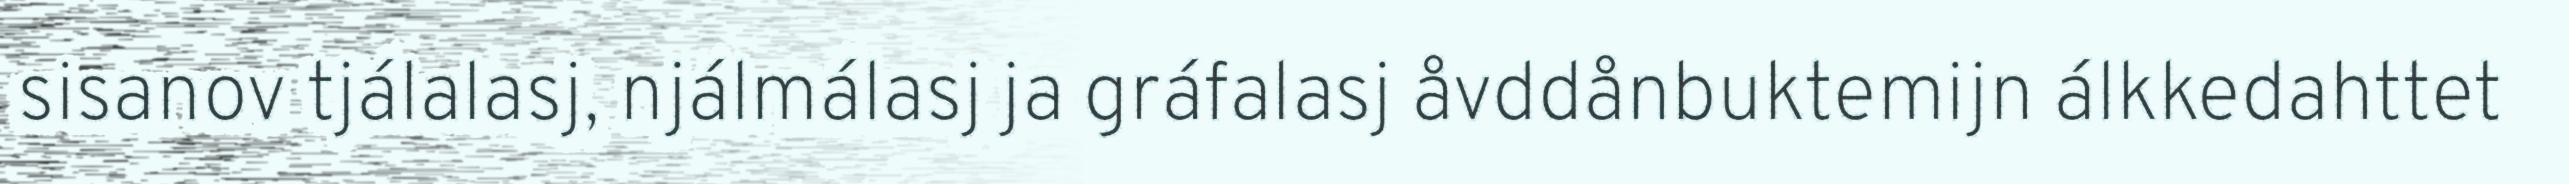
sisanov tjálalasj, njálmálasj ja gráfalasj åvddånbuktemijn álkkedahttet